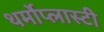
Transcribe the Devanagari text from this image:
थर्मोप्लास्टी